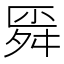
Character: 𰰊